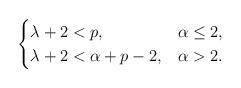
LaTeX: \begin{align*}\begin{cases}\lambda +2 < p , & \alpha\leq 2 , \\\lambda +2 < \alpha+p-2, & \alpha > 2 .\end{cases}\end{align*}